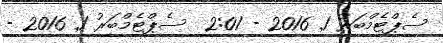
ސެޕްޓެމްބަރު 1